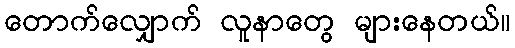
တောက်လျှောက် လူနာတွေ များနေတယ်။